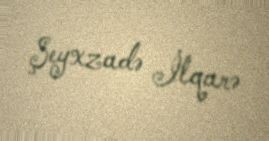
Şeyxzadə İlqarə